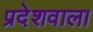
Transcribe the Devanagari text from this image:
प्रदेशवाला